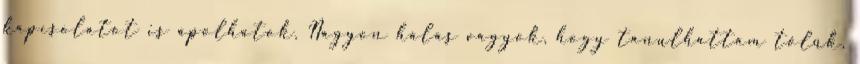
kapcsolatot is ápolhatok. Nagyon hálás vagyok, hogy tanulhattam tőlük,